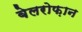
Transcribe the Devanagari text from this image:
बेलरोफ़ान